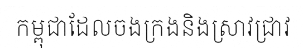
កម្ពុជាដែលចងក្រងនិងស្រាវជ្រាវ